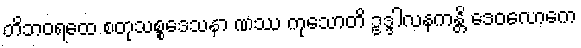
တိဘဝရထေ စတုသစ္စဒေသနာ ဏဿ ကုသောတိ ဥဒ္ဒါလနကန္တိ ဒေဝလောကေ